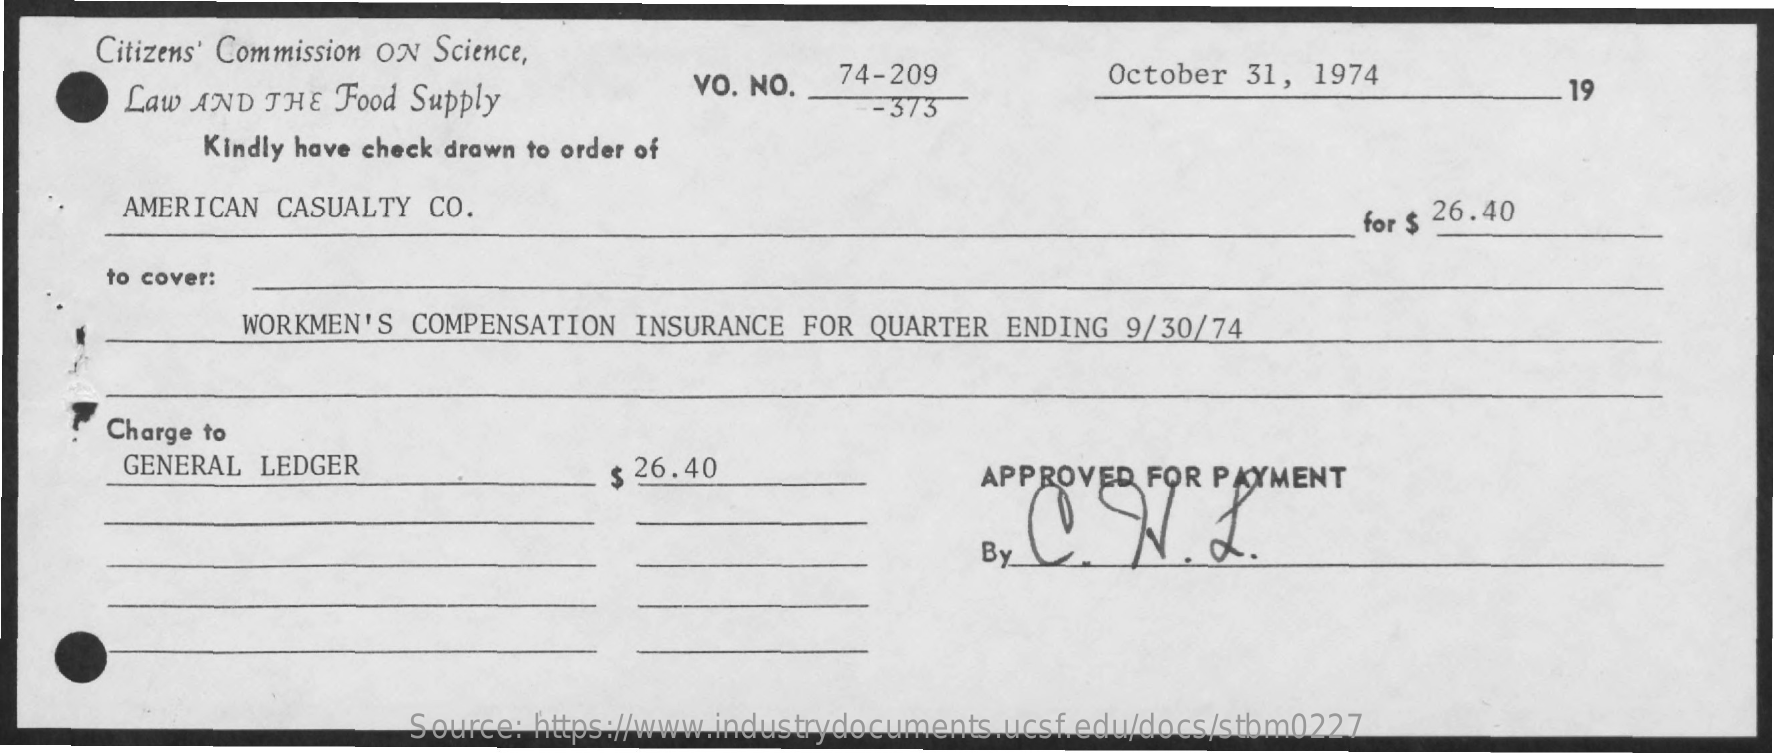
Citizens' Commission ON Science,
     Law AND THE  Food Supply
     VO. NO.  74-209    October 31, 1974
     -373
     19
     Kindly have check drawn to order of
     AMERICAN CASUALTY  CO.    for $ 26.40
     to cover:
     WORKMEN'S  COMPENSATION INSURANCE  FOR QUARTER ENDING  9/30/74
     Charge to
     GENERAL LEDGER    $ 26.40    APPROVED  FOR PAYMENT
     By
     Source: https://www.industrydocuments.ucsf.edu/docs/stbm0227